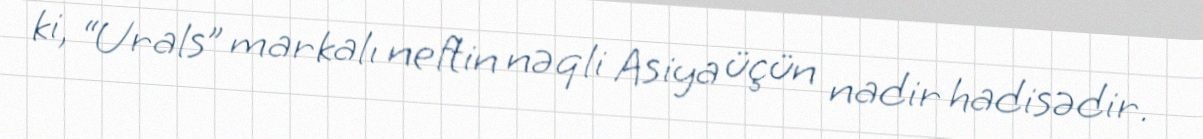
ki, “Urals” markalı neftin nəqli Asiya üçün nadir hadisədir.